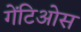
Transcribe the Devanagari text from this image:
गेंटिओस